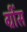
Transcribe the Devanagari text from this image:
ग्रींस